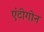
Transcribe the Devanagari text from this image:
एंटीगोन